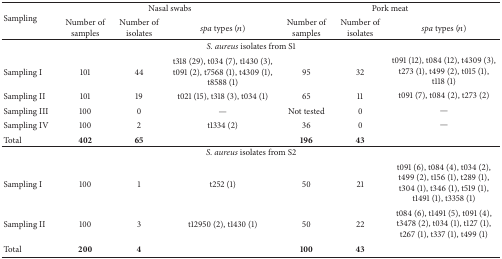
<table><thead><tr><td rowspan="2"><b>Sampling</b></td><td colspan="3"><b>Nasal swabs</b></td><td colspan="3"><b>Pork meat</b></td></tr><tr><td><b>Number of samples </b></td><td><b>Number of isolates</b></td><td><b><i>spa </i>types (<i>n</i>)</b></td><td><b>Number of samples</b></td><td><b>Number of isolates</b></td><td><b><i>spa </i>types (<i>n</i>) </b></td></tr></thead><tbody><tr><td colspan="7"><i>S. aureus</i> isolates from S1</td></tr><tr><td>Sampling I</td><td>101</td><td>44</td><td>t318 (29), t034 (7), t1430 (3), t091 (2), t7568 (1), t4309 (1), t8588 (1)</td><td>95</td><td>32</td><td>t091 (12), t084 (12), t4309 (3), t273 (1), t499 (2), t015 (1), t118 (1)</td></tr><tr><td>Sampling II</td><td>101</td><td>19</td><td>t021 (15), t318 (3), t034 (1)</td><td>65</td><td>11</td><td>t091 (7), t084 (2), t273 (2)</td></tr><tr><td>Sampling III</td><td>100</td><td>0</td><td>—</td><td>Not tested</td><td>0</td><td>—</td></tr><tr><td>Sampling IV</td><td>100</td><td>2</td><td>t1334 (2)</td><td>36</td><td>0</td><td>—</td></tr><tr><td>Total</td><td><b>402</b></td><td><b>65</b></td><td> </td><td><b>196</b></td><td><b>43</b></td><td> </td></tr><tr><td colspan="7"><i>S. aureus</i> isolates from S2</td></tr><tr><td>Sampling I</td><td>100</td><td>1</td><td>t252 (1)</td><td>50</td><td>21</td><td>t091 (6), t084 (4), t034 (2), t499 (2), t156 (1), t289 (1), t304 (1), t346 (1), t519 (1), t1491 (1), t3358 (1)</td></tr><tr><td>Sampling II</td><td>100</td><td>3</td><td>t12950 (2), t1430 (1)</td><td>50</td><td>22</td><td>t084 (6), t1491 (5), t091 (4), t3478 (2), t034 (1), t127 (1), t267 (1), t337 (1), t499 (1)</td></tr><tr><td>Total</td><td><b>200</b></td><td><b>4</b></td><td> </td><td><b>100</b></td><td><b>43</b></td><td> </td></tr></tbody></table>